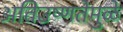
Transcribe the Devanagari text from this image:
अतिउष्णतेमुळे